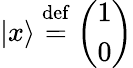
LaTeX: |x\rangle\ {\stackrel{\mathrm{def}}{=}}\ {\left(\begin{array}{l}{1}\\ {0}\end{array}\right)}